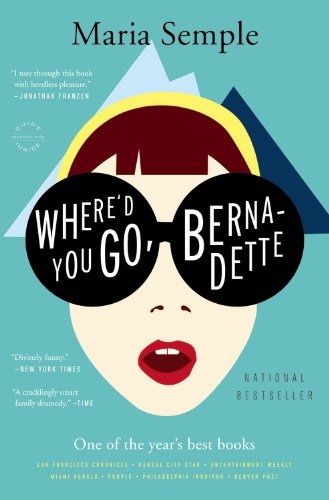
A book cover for Where'd You Go, Bernadette: A Novel; Maria Semple; Literature & Fiction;